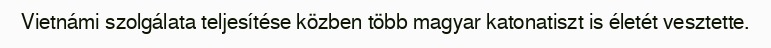
Vietnámi szolgálata teljesítése közben több magyar katonatiszt is életét vesztette.